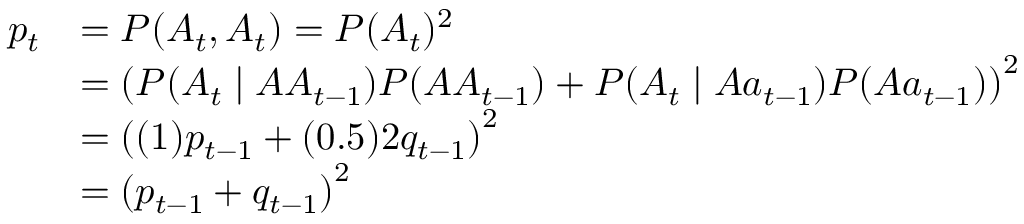
{ \begin{array} { r l } { p _ { t } } & { = P ( A _ { t } , A _ { t } ) = P ( A _ { t } ) ^ { 2 } } \\ & { = \left( P ( A _ { t } \mid A A _ { t - 1 } ) P ( A A _ { t - 1 } ) + P ( A _ { t } \mid A a _ { t - 1 } ) P ( A a _ { t - 1 } ) \right) ^ { 2 } } \\ & { = \left( ( 1 ) p _ { t - 1 } + ( 0 . 5 ) 2 q _ { t - 1 } \right) ^ { 2 } } \\ & { = \left( p _ { t - 1 } + q _ { t - 1 } \right) ^ { 2 } } \end{array} }